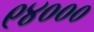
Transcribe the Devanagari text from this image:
९४०००